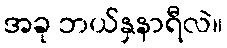
အခု ဘယ်နှနာရီလဲ။